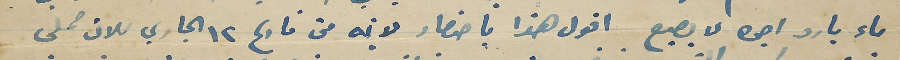
ماء بارد اجره لا يصيع اقول هذا باحتصار لانه من تارىح ١٢ الجاري للان حملى